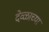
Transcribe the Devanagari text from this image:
देव्ळाच्या